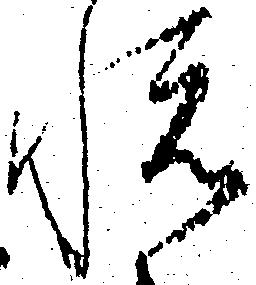
悦